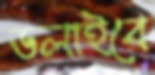
ডলাইবে